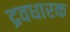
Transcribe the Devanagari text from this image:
द्रवधारक